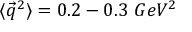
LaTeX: \langle { \vec { q } } ^ { 2 } \rangle = 0 . 2 - 0 . 3 ~ G e V ^ { 2 }